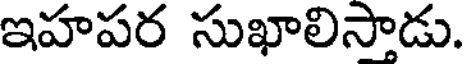
ఇహపర సుఖాలిసాడు.